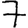
Digit: 7